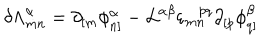
\delta { \Lambda } _ { m n } ^ { \alpha } = \partial _ { [ m } \phi _ { n ] } ^ { \alpha } - { \cal L } ^ { \alpha \beta } \varepsilon _ { m n } ^ { p q } \partial _ { [ p } \phi _ { q ] } ^ { \beta }